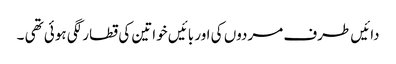
دائیں طرف مردوں کی اور بائیں خواتین کی قطار لگی ہوئی تھی ۔